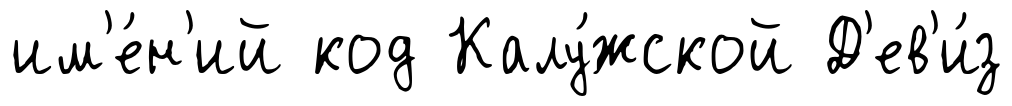
им'е́н'ий код Калу́жской Д'ев'и́з